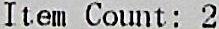
ITEM COUNT: 2